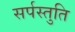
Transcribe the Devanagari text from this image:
सर्पस्तुति